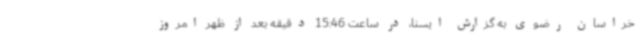
خراسان رضوی به گزارش ایسنا، در ساعت 15:46 دقیقه بعد از ظهر امروز